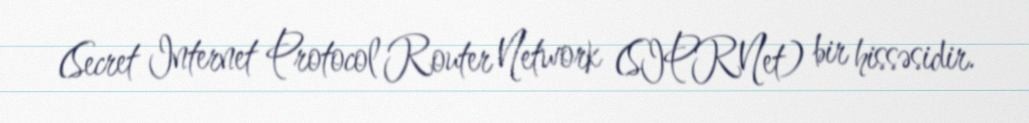
(Secret Internet Protocol Router Network (SIPRNet) bir hissəsidir.